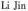
Li Jin